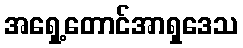
အရှေ့တောင်အာရှဒေသ